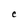
Character: C